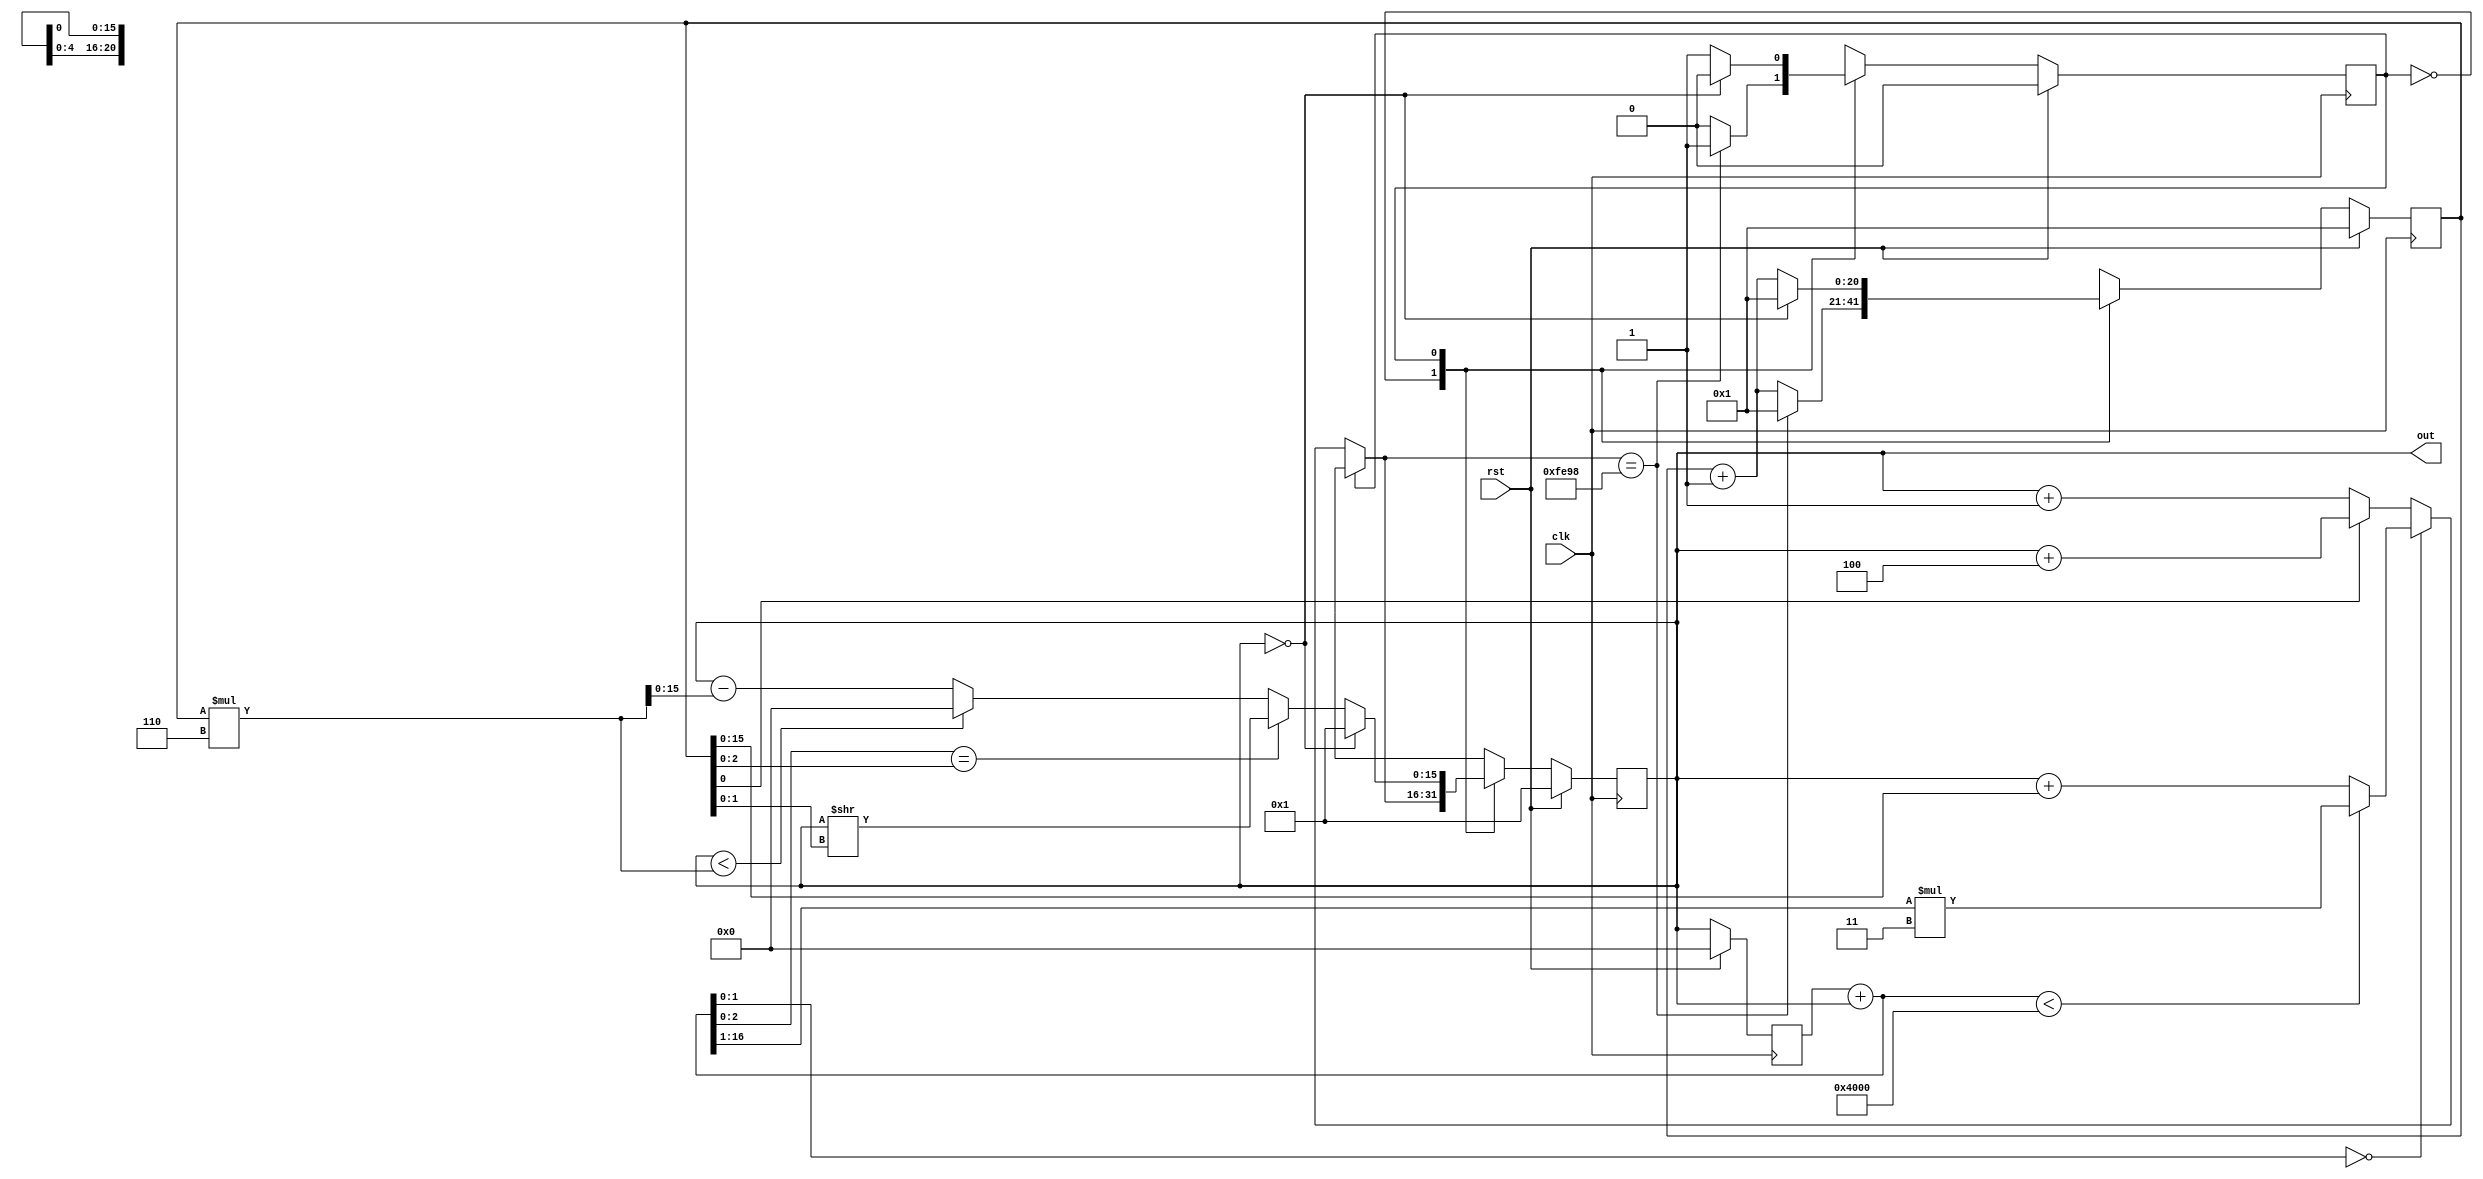
// 110011138 ???

// e.g. 110123456 
// Add your ID and name to FIRST line of file, or you will get 5 points penalty
module exam1_B(
    input wire clk,
    input wire rst,
    output wire [15:0] out// You can modify "reg" to "wire" if needed
);
    //Your design here
    parameter UP = 0;
    parameter DOWN = 1;
    
    reg [15:0] c, next_c, prev_c, next_prev_c;
    reg [20:0] i, next_i;
    reg [20:0] S; // more bits just to be safe
    reg dir, next_dir;
    
    assign out = c;
    
    // Sequential block
    always @(posedge clk) begin
    	if (rst == 1) begin
    		c <= 1;
    		prev_c <= 0;
    		dir <= UP;
    		i <= 1;
    	end
    	else begin
    	 	c <= next_c;
    	 	prev_c <= next_prev_c;
    	 	dir <= next_dir;
    	 	i <= next_i;
    	end
    end
    
    // Combinational block
    always @(*) begin
    	// default
    	S = prev_c + c;
    	next_c = c;
    	next_prev_c = c;
    	next_i = i + 1;
    	next_dir = dir;
    
    	case (dir)
    		UP: begin
    			// 11 = 00001011 % 4 = 3 = 11, 10 = 00001010 % 4 = 2 = 10
    			if (S[1:0] == 0) begin
    				if (S < 16384) next_c = (S >> 1) * 3;
    				else next_c = c + i;
    			end
    			else begin
    				if (i[0] == 1) next_c = c + 4;
    				else next_c = c + 1;
    			end
    			
    			if (next_c == 65176) begin
    				next_dir = DOWN;
    				next_i = 1;
    			end
    		end
    		DOWN: begin
    			// 8 = 00001000 % 8 = 000, 7 = 00000111 % 8 = 7 = 111
    			if (S[2:0] == i[2:0]) next_c = c >> (i[1:0]);
    			else begin
    				if (c < i * 6) next_c = 0;
    				else next_c = c - (i * 6);
    			end
    			
    			if (c == 0) begin
    				next_dir = UP;
    				next_i = 1;
    				next_c = 1;
    			end
    		end
    	endcase
    end

endmodule



// You can add any module you need.
// Make sure you include all modules you used in this problem.